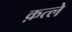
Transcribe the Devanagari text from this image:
क़त्ले